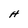
Character: H